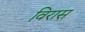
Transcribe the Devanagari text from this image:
विरास